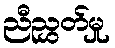
ညီညွှတ်မှု